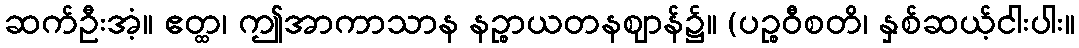
ဆက်ဦးအံ့။ ဧတ္ထ၊ ဤအာကာသာန နဉ္စာယတနဈာန်၌။ (ပဉ္စဝီစတိ၊ နှစ်ဆယ့်ငါးပါး။